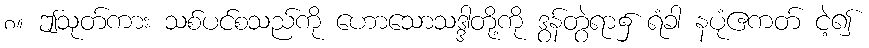
၈။ ဤသုတ်ကား သစ်ပင်စသည်ကို ဟောသောသဒ္ဒါတို့ကို ဒွန်တွဲရာ၌ ရံခါ နပုံဧကတ် ငဲ့၍